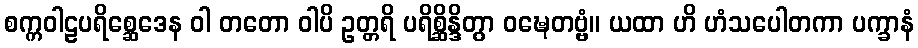
စက္ကဝါဠပရိစ္ဆေဒေန ဝါ တတော ဝါပိ ဥတ္တရိ ပရိစ္ဆိန္ဒိတွာ ဝဍ္ဎေတဗ္ဗံ။ ယထာ ဟိ ဟံသပေါတကာ ပက္ခာနံ